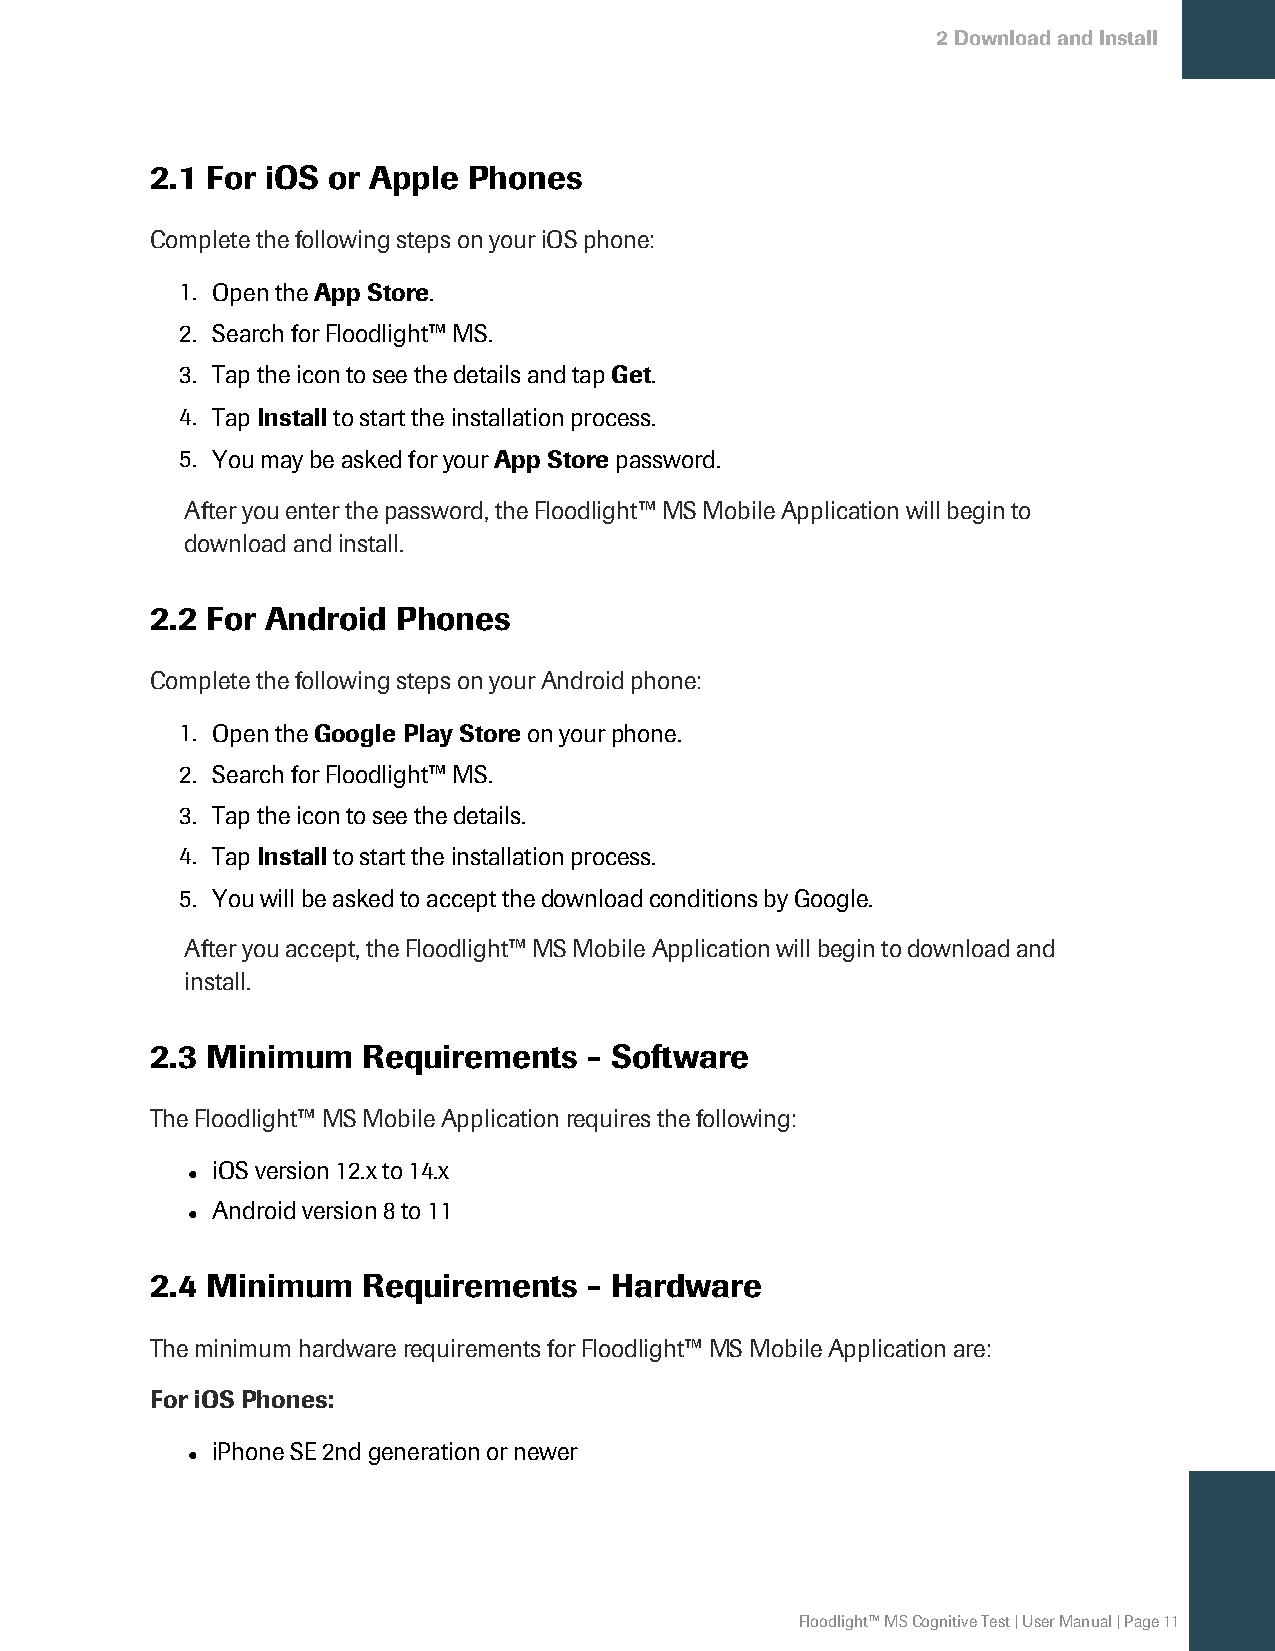
2DownloadandInstall
 2.1 For iOS or Apple Phones
 CompletethefollowingstepsonyouriOSphone:
 1. OpentheApp Store.
 2. SearchforFloodlight™MS.
 3. TaptheicontoseethedetailsandtapGet.
 4. TapInstalltostarttheinstallationprocess.
 5. YoumaybeaskedforyourApp Storepassword.
 Afteryouenterthepassword,theFloodlight™MS MobileApplicationwillbeginto
 downloadandinstall.
 2.2 For Android Phones
 CompletethefollowingstepsonyourAndroidphone:
 1. OpentheGoogle Play Storeonyourphone.
 2. SearchforFloodlight™MS.
 3. Taptheicontoseethedetails.
 4. TapInstalltostarttheinstallationprocess.
 5. YouwillbeaskedtoacceptthedownloadconditionsbyGoogle.
 Afteryouaccept,theFloodlight™MS MobileApplicationwillbegintodownloadand
 install.
 2.3 Minimum   Requirements   - Software
 TheFloodlight™MS MobileApplicationrequiresthefollowing:
 iOSversion12.xto14.x
 l
 Androidversion8to11
 l
 2.4 Minimum   Requirements   - Hardware
 TheminimumhardwarerequirementsforFloodlight™MS MobileApplicationare:
 For iOS Phones:
 iPhoneSE2ndgenerationornewer
 l
 Floodlight™MSCognitiveTest|UserManual|Page11